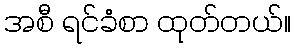
အစီ ရင်ခံစာ ထုတ်တယ်။